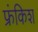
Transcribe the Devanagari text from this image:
फ्रंकिश